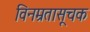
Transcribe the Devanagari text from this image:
विनम्रतासूचक